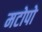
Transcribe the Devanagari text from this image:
मटोपो